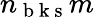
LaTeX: n_{\mathrm{~b~k~s~}}m